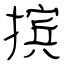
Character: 摈